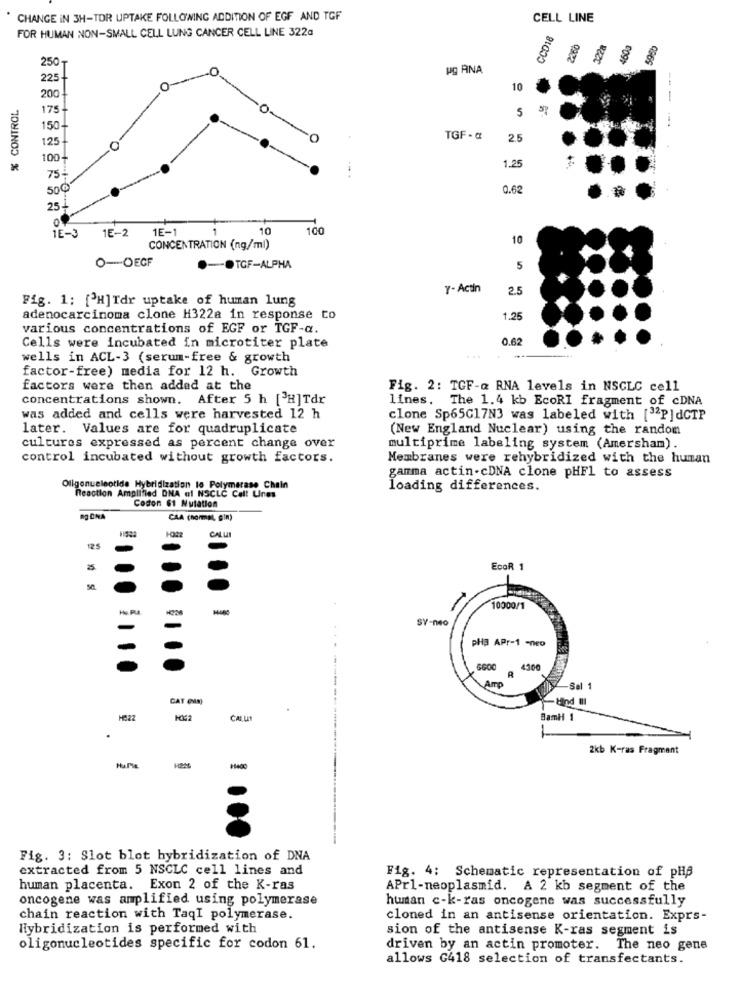
CHANGE IN 3H-TOR UPTAKE FOLLOWING ADDITION OF EGF AND TGF
CELL LINE
FOR HUMAN NON-SMALL CELL LUNG CANCER CELL LINE 322G
CCD18
250
8
pg ANA
225-
0-
10
% CONTROL
200
-
175-
5
....
150-
125-
TGF - a
2.5
100-
1.25
75-
500
0.62
25
of
1E-3
1E-2
1E-1
1
10
100
10
CONCENTRATION (ng/ml)
O-OEGF
TGF-ALPHA
5
Y-Actin
2.5
Fig. 1: [ H]Tdr uptake of human lung
adenocarcinoma clone H322a in response to
1.25
various concentrations of EGF or TGF-a.
0.62
Cells were incubated in microtiter plate
wells in ACL-3 (serum-free & growth
...
factor-free) media for 12 h. Growth
factors were then added at the
Fig. 2: TGF-a RNA levels in NSCLC cell
concentrations shown. After 5 h [3H]Tdr
lines. The 1.4 kb EcoRI fragment of cDNA
was added and cells were harvested 12 h
clone Sp65G17N3 was labeled with ["2P]dCTP
later. Values are for quadruplicate
(New England Nuclear) using the random
cultures expressed as percent change over
multiprime labeling system (Amersham).
control incubated without growth factors.
Membranes were rehybridized with the human
gamma actin-cDNA clone pHF1 to assess
Oligonucleotide Hybridization to Polymerase Chain
loading differences.
Reaction Amplified DNA el NSCLC Call Unes
Codon 61 Mutation
RJ CNA
CAA (normaL, SIN)
CALU
125
EcoR 1
10000/1
SY-040
-
PH3 APr-1 -neo
5600
R
4500
Amp
Sal 1
CAT (in)
Mind III
HE22
CALLS
BamH 1
2kb K-ras Fragment
Fig. 3: Slot blot hybridization of DNA
extracted from 5 NSCLC cell lines and
Fig. 4: Schematic representation of pHA
human placenta. Exon 2 of the K-ras
APrl-neoplasmid. A 2 kb segment of the
oncogene was amplified using polymerase
human c-k-ras oncogene was successfully
chain reaction with TaqI polymerase.
cloned in an antisense orientation. Exprs-
Hybridization is performed with
sion of the antisense K-ras segment is
oligonucleotides specific for codon 61.
driven by an actin promoter. The neo gene
allows G418 selection of transfectants.